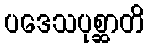
ပဒေသပုစ္ဆာတိ